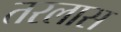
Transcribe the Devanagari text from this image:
तरलास